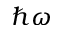
\hbar \omega